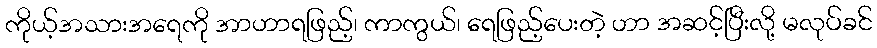
ကိုယ့်အသားအရေကို အာဟာရဖြည့်၊ ကာကွယ်၊ ရေဖြည့်ပေးတဲ့ ဟာ အဆင့်ပြီးလို့ မလုပ်ခင်